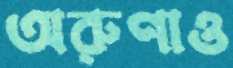
অরুণাও